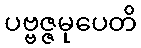
ပဗ္ဗဇ္ဇမုပေတိ